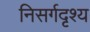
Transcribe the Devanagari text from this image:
निसर्गदृश्य